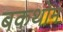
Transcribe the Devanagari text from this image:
बकथोम